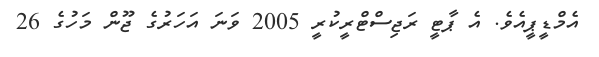
އެމްޑީޕީއެވެ. އެ ޕާޓީ ރަޖިސްޓްރީކުރީ 2005 ވަނަ އަހަރުގެ ޖޫން މަހުގެ 26